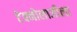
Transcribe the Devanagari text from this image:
टेक्नोलाजीला